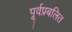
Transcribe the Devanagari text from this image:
पूर्वप्रबलित